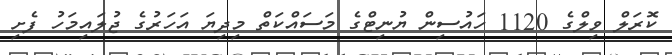
ކޮރަލް ވިލްގެ 1120 ހައުސިން ޔުނިޓްގެ މަސައްކަތް މިދިޔަ އަހަރުގެ ޖުލައިމަހު ފެށި